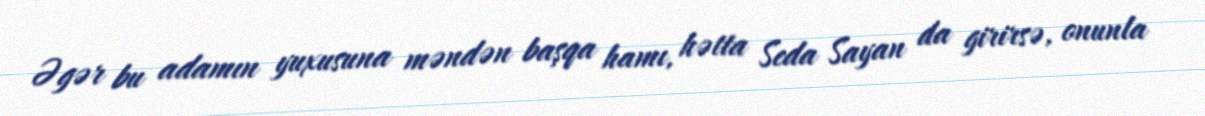
Əgər bu adamın yuxusuna məndən başqa hamı, hətta Seda Sayan da girirsə, onunla